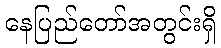
နေပြည်တော်အတွင်းရှိ